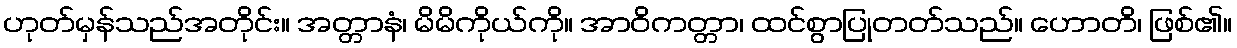
ဟုတ်မှန်သည်အတိုင်း။ အတ္တာနံ၊ မိမိကိုယ်ကို။ အာဝိကတ္တာ၊ ထင်စွာပြုတတ်သည်။ ဟောတိ၊ ဖြစ်၏။